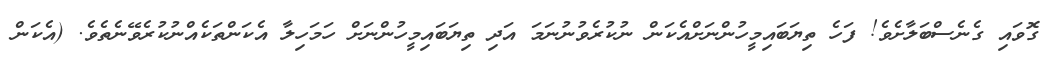
ގޮވައި ގެނެސްބަލާށެވެ! ފަހެ ތިޔަބައިމީހުންނަށްއެކަން ނުކުރެވުނުނަމަ އަދި ތިޔަބައިމީހުންނަށް ހަމަހިލާ އެކަންތަކެއްނުކުރެވޭނެތެވެ. (އެކަން